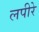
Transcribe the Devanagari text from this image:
लपीरे